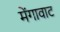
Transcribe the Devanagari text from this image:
मेंगावाट